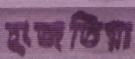
হাজতিয়া